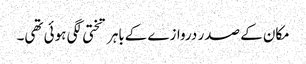
مکان کے صدر دروازے کےباہر تختی لگی ہوئی تھی۔